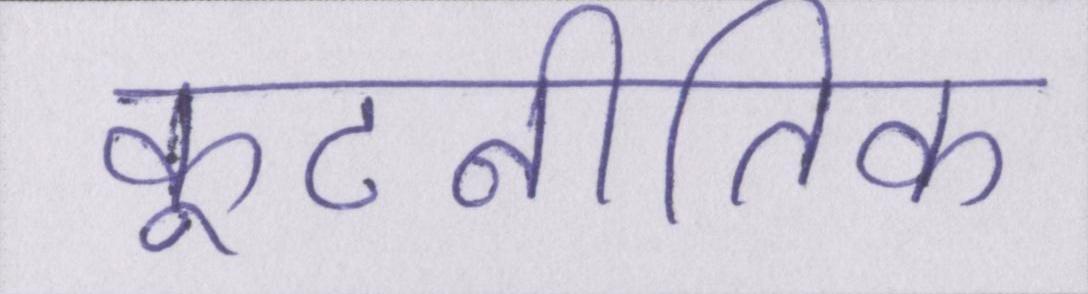
कूटनीतिक